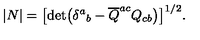
| N | = \bigl [ \det \bigl ( \delta ^ { a } { } _ { b } - { \overline { Q } } ^ { a c } Q _ { c b } \bigr ) \bigr ] ^ { 1 / 2 } .